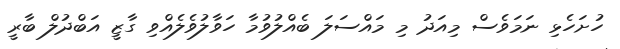
ހުށަހެޅި ނަމަވެސް މިއަދު މި މައްސަލަ ބެއްލުވުމާ ހަވާލުވެލެއްވި ގާޒީ އަބްދުލް ބާރީ